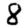
Digit: 8